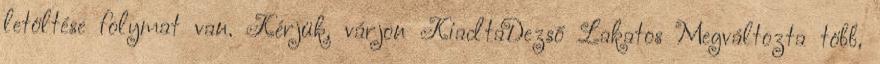
letöltése folymat van. Kérjük, várjon KiadtaDezső Lakatos Megváltozta több,